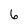
Character: 6